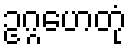
ဥဂ္ဂဟေတုံ